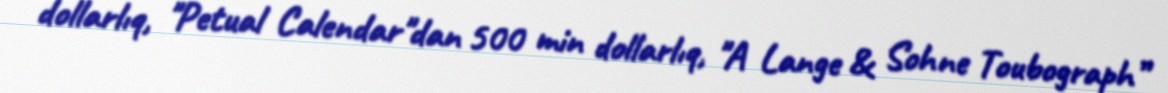
dollarlıq, "Petual Calendar"dan 500 min dollarlıq, "A Lange & Sohne Toubograph”